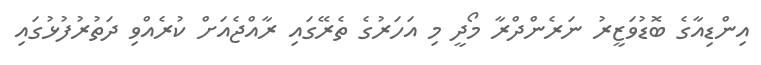
އިންޑިއާގެ ބޮޑުވަޒީރު ނަރެންދްރާ މޯދީ މި އަހަރުގެ ތެރޭގައި ރާއްޖެއަށް ކުރެއްވި ދަތުރުފުޅުގައި